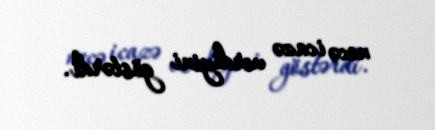
necə icazə verdiyini göstərdi.